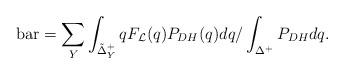
LaTeX: \begin{align*}\mathrm{bar} = \sum_Y \int_{\tilde{\Delta}_Y^+} q F_{\mathcal{L}}(q)P_{DH}(q)dq /\int_{\Delta^+}P_{DH}dq.\end{align*}